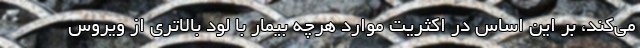
می‌کند، بر این اساس در اکثریت موارد هرچه بیمار با لود بالاتری از ویروس